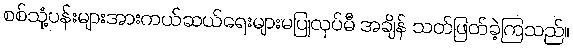
စစ်သုံ့ပန်းများအားကယ်ဆယ်ရေးများမပြုလုပ်မီ အချိန် သတ်ဖြတ်ခဲ့ကြသည်။